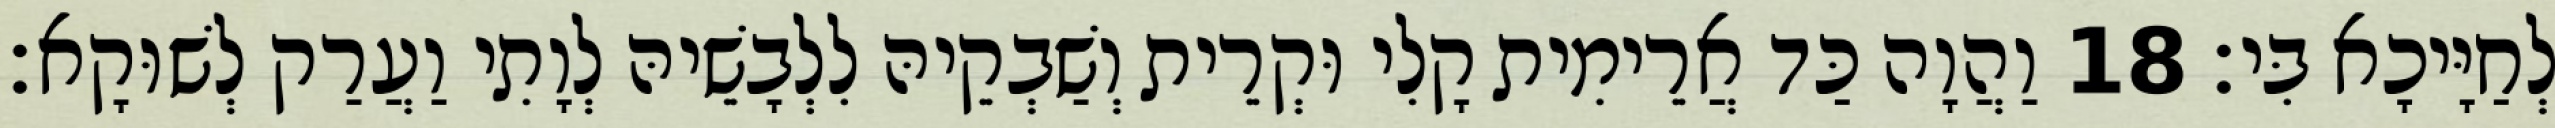
לְחַיָּיכָא בִּי׃ 18 וַהֲוָה כַּד אֲרֵימִית קָלִי וּקְרֵית וְשַׁבְקֵיהּ לִלְבָשֵׁיהּ לְוָתִי וַעֲרַק לְשׁוּקָא׃